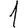
Digit: 1